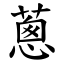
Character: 蔥